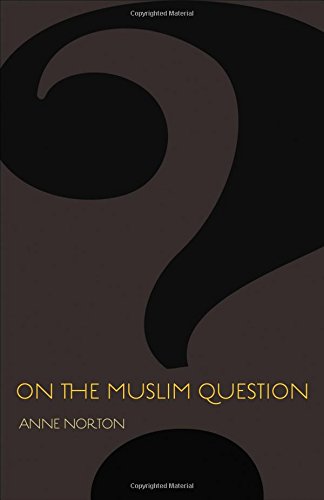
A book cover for On the Muslim Question (The Public Square); Anne Norton; Religion & Spirituality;